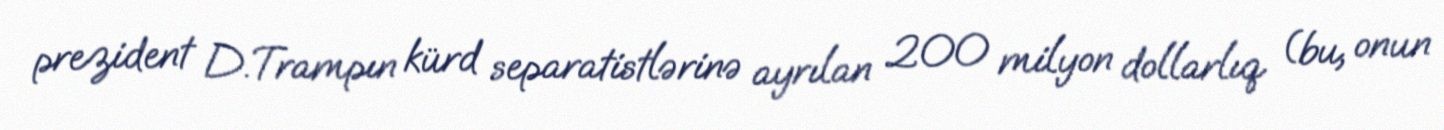
prezident D.Trampın kürd separatistlərinə ayrılan 200 milyon dollarlıq (bu, onun